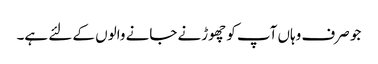
جو صرف وہاں آپ کو چھوڑنے جانے والوں کے لئے ہے۔